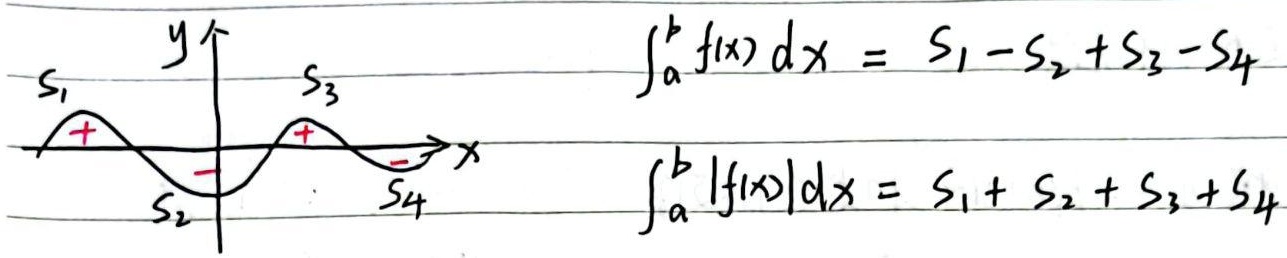
\[
\int_{a}^{b} f(x) \mathrm{d}x = S_1 - S_2 + S_3 - S_4
\]

\[
\int_{a}^{b} |f(x)| \mathrm{d}x = S_1 + S_2 + S_3 + S_4
\]